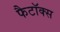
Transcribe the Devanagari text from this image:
फैटॉक्स